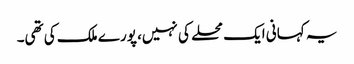
یہ کہانی ایک محلے کی نہیں، پورے ملک کی تھی۔